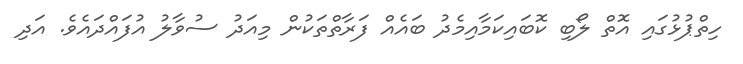
ހިތްޕުޅުގައި އޮތް ލޯބި ކޮބައިކަމާއިމެދު ބައެއް ފަރާތްތަކުން މިއަދު ސުވާލު އުފައްދައެވެ. އަދި